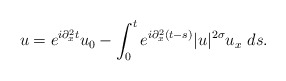
\begin{align*} u= e^{i\partial_{x}^{2}t}u_{0} -\int_{0}^{t}e^{i\partial_{x}^{2}(t-s)}|u|^{2\sigma}u_{x}\ ds.\end{align*}